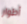
أطوار